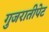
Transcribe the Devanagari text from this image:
गुजरातीपेट